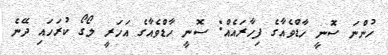
ހުންނަ ސޮނީ ހާޑްވެއާގެ ފިހާރަައެއް: ސޮނީ ހާޑްވެއާގެ އަހަރީ ލޯގޯ ކުރަހަައި ދޭނެ